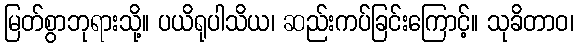
မြတ်စွာဘုရားသို့။ ပယိရုပါသိယ၊ ဆည်းကပ်ခြင်းကြောင့်။ သုခိတာဝ၊